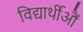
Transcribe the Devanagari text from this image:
विद्यार्थीऔं